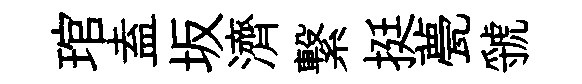
琯盍坂濟繋挺甍虢